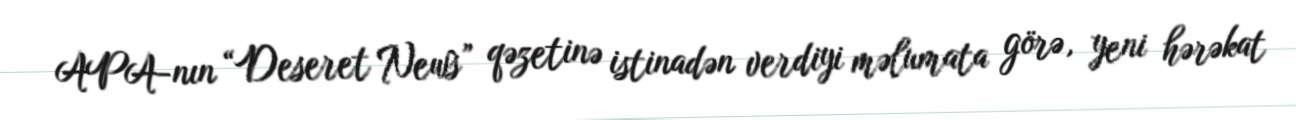
APA-nın “Deseret News” qəzetinə istinadən verdiyi məlumata görə, yeni hərəkat